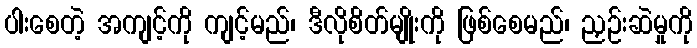
ပါးစေတဲ့ အကျင့်ကို ကျင့်မည်၊ ဒီလိုစိတ်မျိုးကို ဖြစ်စေမည်၊ ညှဉ်းဆဲမှုကို